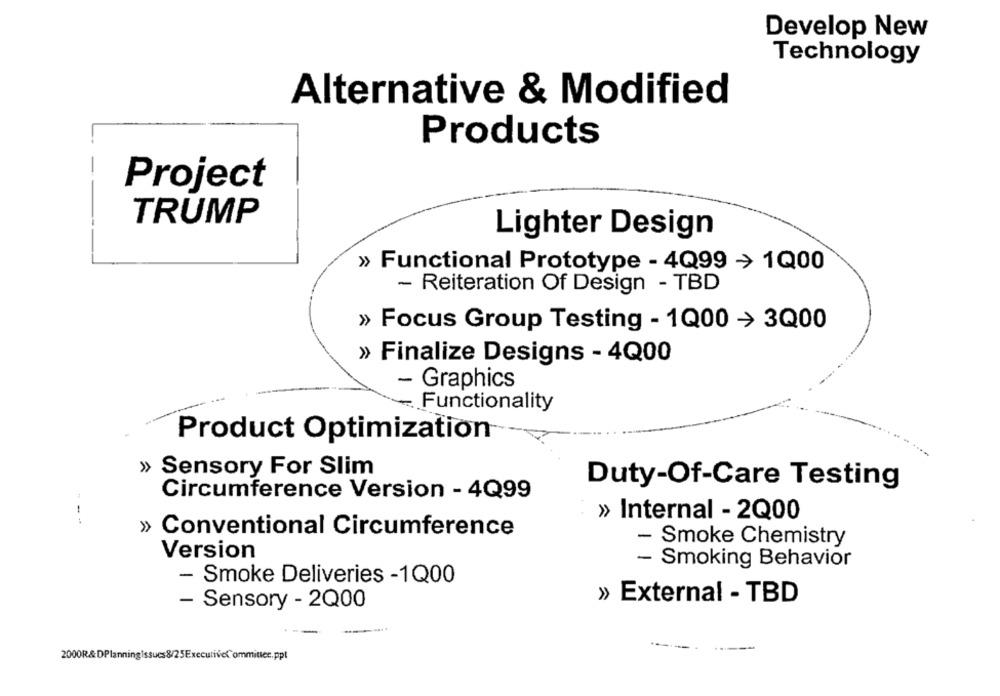
Develop New
Technology
Alternative & Modified
Products
Project
TRUMP
Lighter Design
» Functional Prototype - 4Q99 > 1Q00
- Reiteration Of Design - TBD
» Focus Group Testing - 1Q00 > 3Q00
» Finalize Designs - 4Q00
- Graphics
Functionality
Product Optimization
» Sensory For Slim
Duty-Of-Care Testing
Circumference Version - 4Q99
--
» Internal - 2Q00
» Conventional Circumference
- Smoke Chemistry
Version
- Smoking Behavior
- Smoke Deliveries -1Q00
» External - TBD
- Sensory - 2Q00